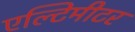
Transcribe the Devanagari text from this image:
एल्टिमीटर